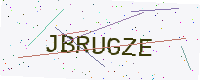
Text: JBRUGZE